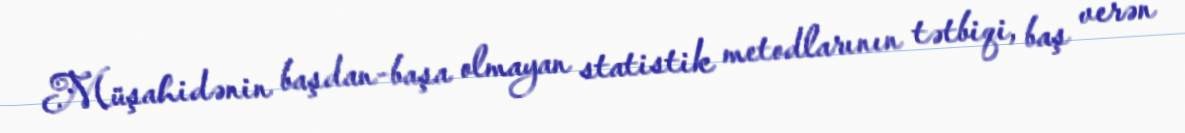
Müşahidənin başdan-başa olmayan statistik metodlarının tətbiqi, baş verən